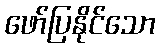
ဖော်ပြနိုင်သော